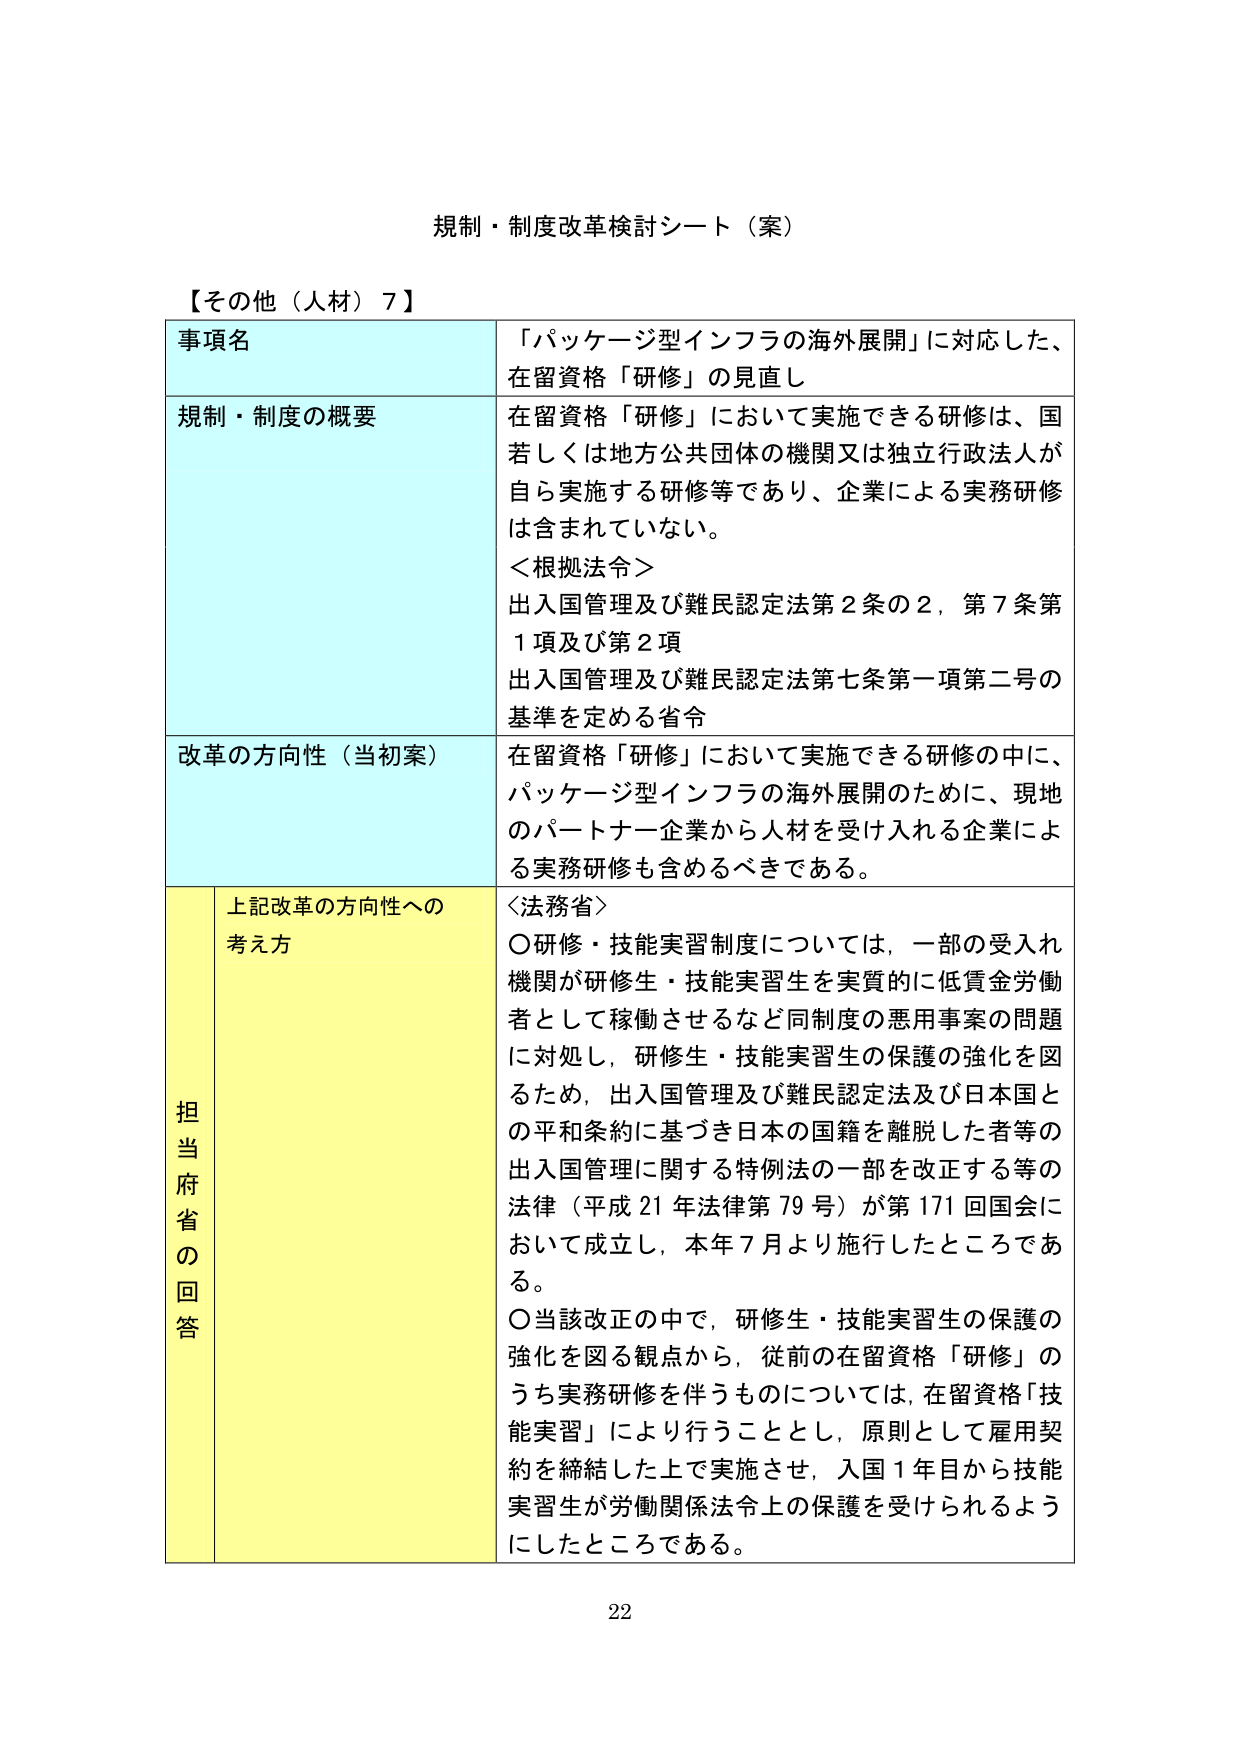
規制・制度改革検討シート（案）

【その他（人材）7】

事項名
「パッケージ型インフラの海外展開」に対応した、
在留資格「研修」の見直し

規制・制度の概要
在留資格「研修」において実施できる研修は、国
若しくは地方公共団体の機関又は独立行政法人が
自ら実施する研修等であり、企業による実務研修
は含まれていない。
＜根拠法令＞
出入国管理及び難民認定法第2条の2，第7条第
1項及び第2項
出入国管理及び難民認定法第七条第一項第二号の
基準を定める省令

改革の方向性（当初案）
在留資格「研修」において実施できる研修の中に、
パッケージ型インフラの海外展開のために、現地
のパートナー企業から人材を受け入れる企業によ
る実務研修も含めるべきである。

担当府省の回答
上記改革の方向性への
考え方
＜法務省＞
〇研修・技能実習制度については、一部の受入れ
機関が研修生・技能実習生を実質的に低賃金労働
者として稼働させるなど同制度の悪用事案の問題
に対処し、研修生・技能実習生の保護の強化を図
るため、出入国管理及び難民認定法及び日本国と
の平和条約に基づき日本の国籍を離脱した者等の
出入国管理に関する特例法の一部を改正する等の
法律（平成21年法律第79号）が第171回国会に
おいて成立し、本年7月より施行したところであ
る。
〇当該改正の中で、研修生・技能実習生の保護の
強化を図る観点から、従前の在留資格「研修」の
うち実務研修を伴うものについては、在留資格「技
能実習」により行うこととし、原則として雇用契
約を締結した上で実施させ、入国1年目から技能
実習生が労働関係法令上の保護を受けられるよう
にしたところである。

22